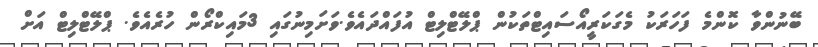
ބޭނުންވާ ކޮންމެ ފަހަރަކު މެގަކަރީއޯސައިޓްތަކުން ޕްލޭޓްލިޓް އުފައްދައެވެ.ވަށަމިނުގައި 3މައިކްރޯން ހުރެއެވެ. ޕްލޭޓްލިޓް އަށް